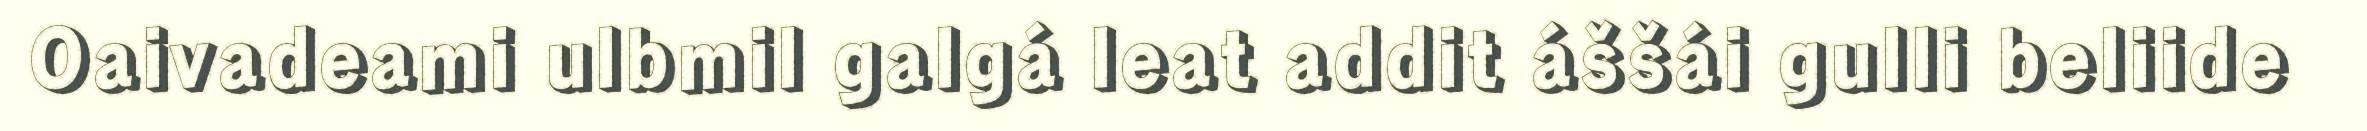
Oaivadeami ulbmil galgá leat addit áššái gulli beliide